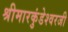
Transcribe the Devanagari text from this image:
श्रीमारकुंडेश्वरजी